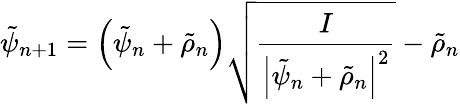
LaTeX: \tilde{\psi}_{n+1}=\left(\tilde{\psi}_{n}+\tilde{\rho}_{n}\right)\sqrt{\frac{I}{\left|\tilde{\psi}_{n}+\tilde{\rho}_{n}\right|^{2}}}-\tilde{\rho}_{n}